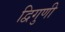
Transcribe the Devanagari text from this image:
द्विगुणी